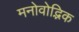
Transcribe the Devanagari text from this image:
मनोवोद्भिक